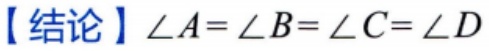
【结论】$\angle A = \angle B=\angle C=\angle D$